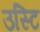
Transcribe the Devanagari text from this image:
उस्टि